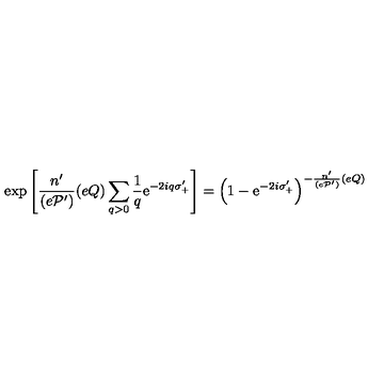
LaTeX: \exp \left[ \frac { n ^ { \prime } } { ( e { \cal P } ^ { \prime } ) } ( e Q ) \sum _ { q > 0 } \frac { 1 } { q } \mathrm { e } ^ { - 2 i q \sigma _ { + } ^ { \prime } } \right] = \left( 1 - \mathrm { e } ^ { - 2 i \sigma _ { + } ^ { \prime } } \right) ^ { - \frac { n ^ { \prime } } { ( e { \cal P } ^ { \prime } ) } ( e Q ) }